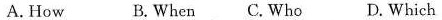
A. How B. When C. Who D. Which